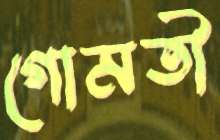
গোমতী